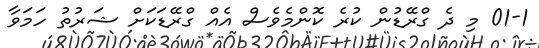
01-1 މި ދެ ގްރޭޑުން ކުރެ ކޮންމެވެސް އެއް ގްރޭޑަކަށް ޝަރުތު ހަމަވާ